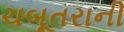
ચબૂતરાની